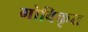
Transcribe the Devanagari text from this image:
गोविकृत